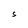
Character: S